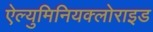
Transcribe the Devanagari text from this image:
ऐल्युमिनियक्लोराइड